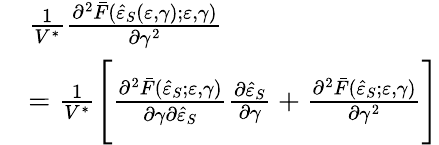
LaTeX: \begin{array}{rl}&{\frac{1}{V^{\ast}}\frac{\partial^{2}\bar{F}(\hat{\varepsilon}_{S}(\varepsilon,\gamma);\varepsilon,\gamma)}{\partial\gamma^{2}}}\\ &{=\frac{1}{V^{\ast}}\Bigg[\frac{\partial^{2}\bar{F}(\hat{\varepsilon}_{S};\varepsilon,\gamma)}{\partial\gamma\partial\hat{\varepsilon}_{S}}\frac{\partial\hat{\varepsilon}_{S}}{\partial\gamma}+\frac{\partial^{2}\bar{F}(\hat{\varepsilon}_{S};\varepsilon,\gamma)}{\partial\gamma^{2}}\Bigg]}\end{array}